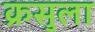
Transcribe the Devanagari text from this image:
क्रसुला